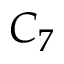
C _ { 7 }